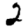
Digit: 2